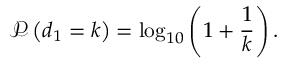
\mathscr { P } \left( d _ { 1 } = k \right) = \log _ { 1 0 } \left( 1 + \frac { 1 } { k } \right) .